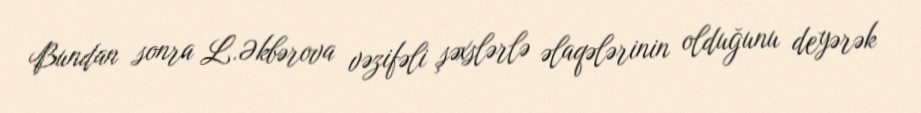
Bundan sonra L.Əkbərova vəzifəli şəxslərlə əlaqələrinin olduğunu deyərək